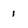
Character: 1